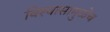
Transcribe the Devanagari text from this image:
विश्‍वासामुळेच